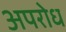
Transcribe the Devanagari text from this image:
अपरोध